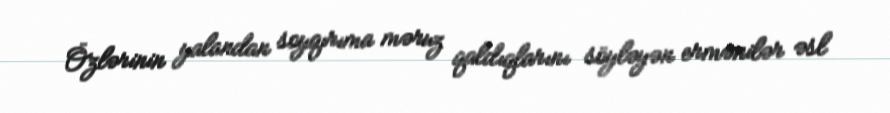
Özlərinin yalandan soyqırıma məruz qaldıqlarını söyləyən ermənilər əsl